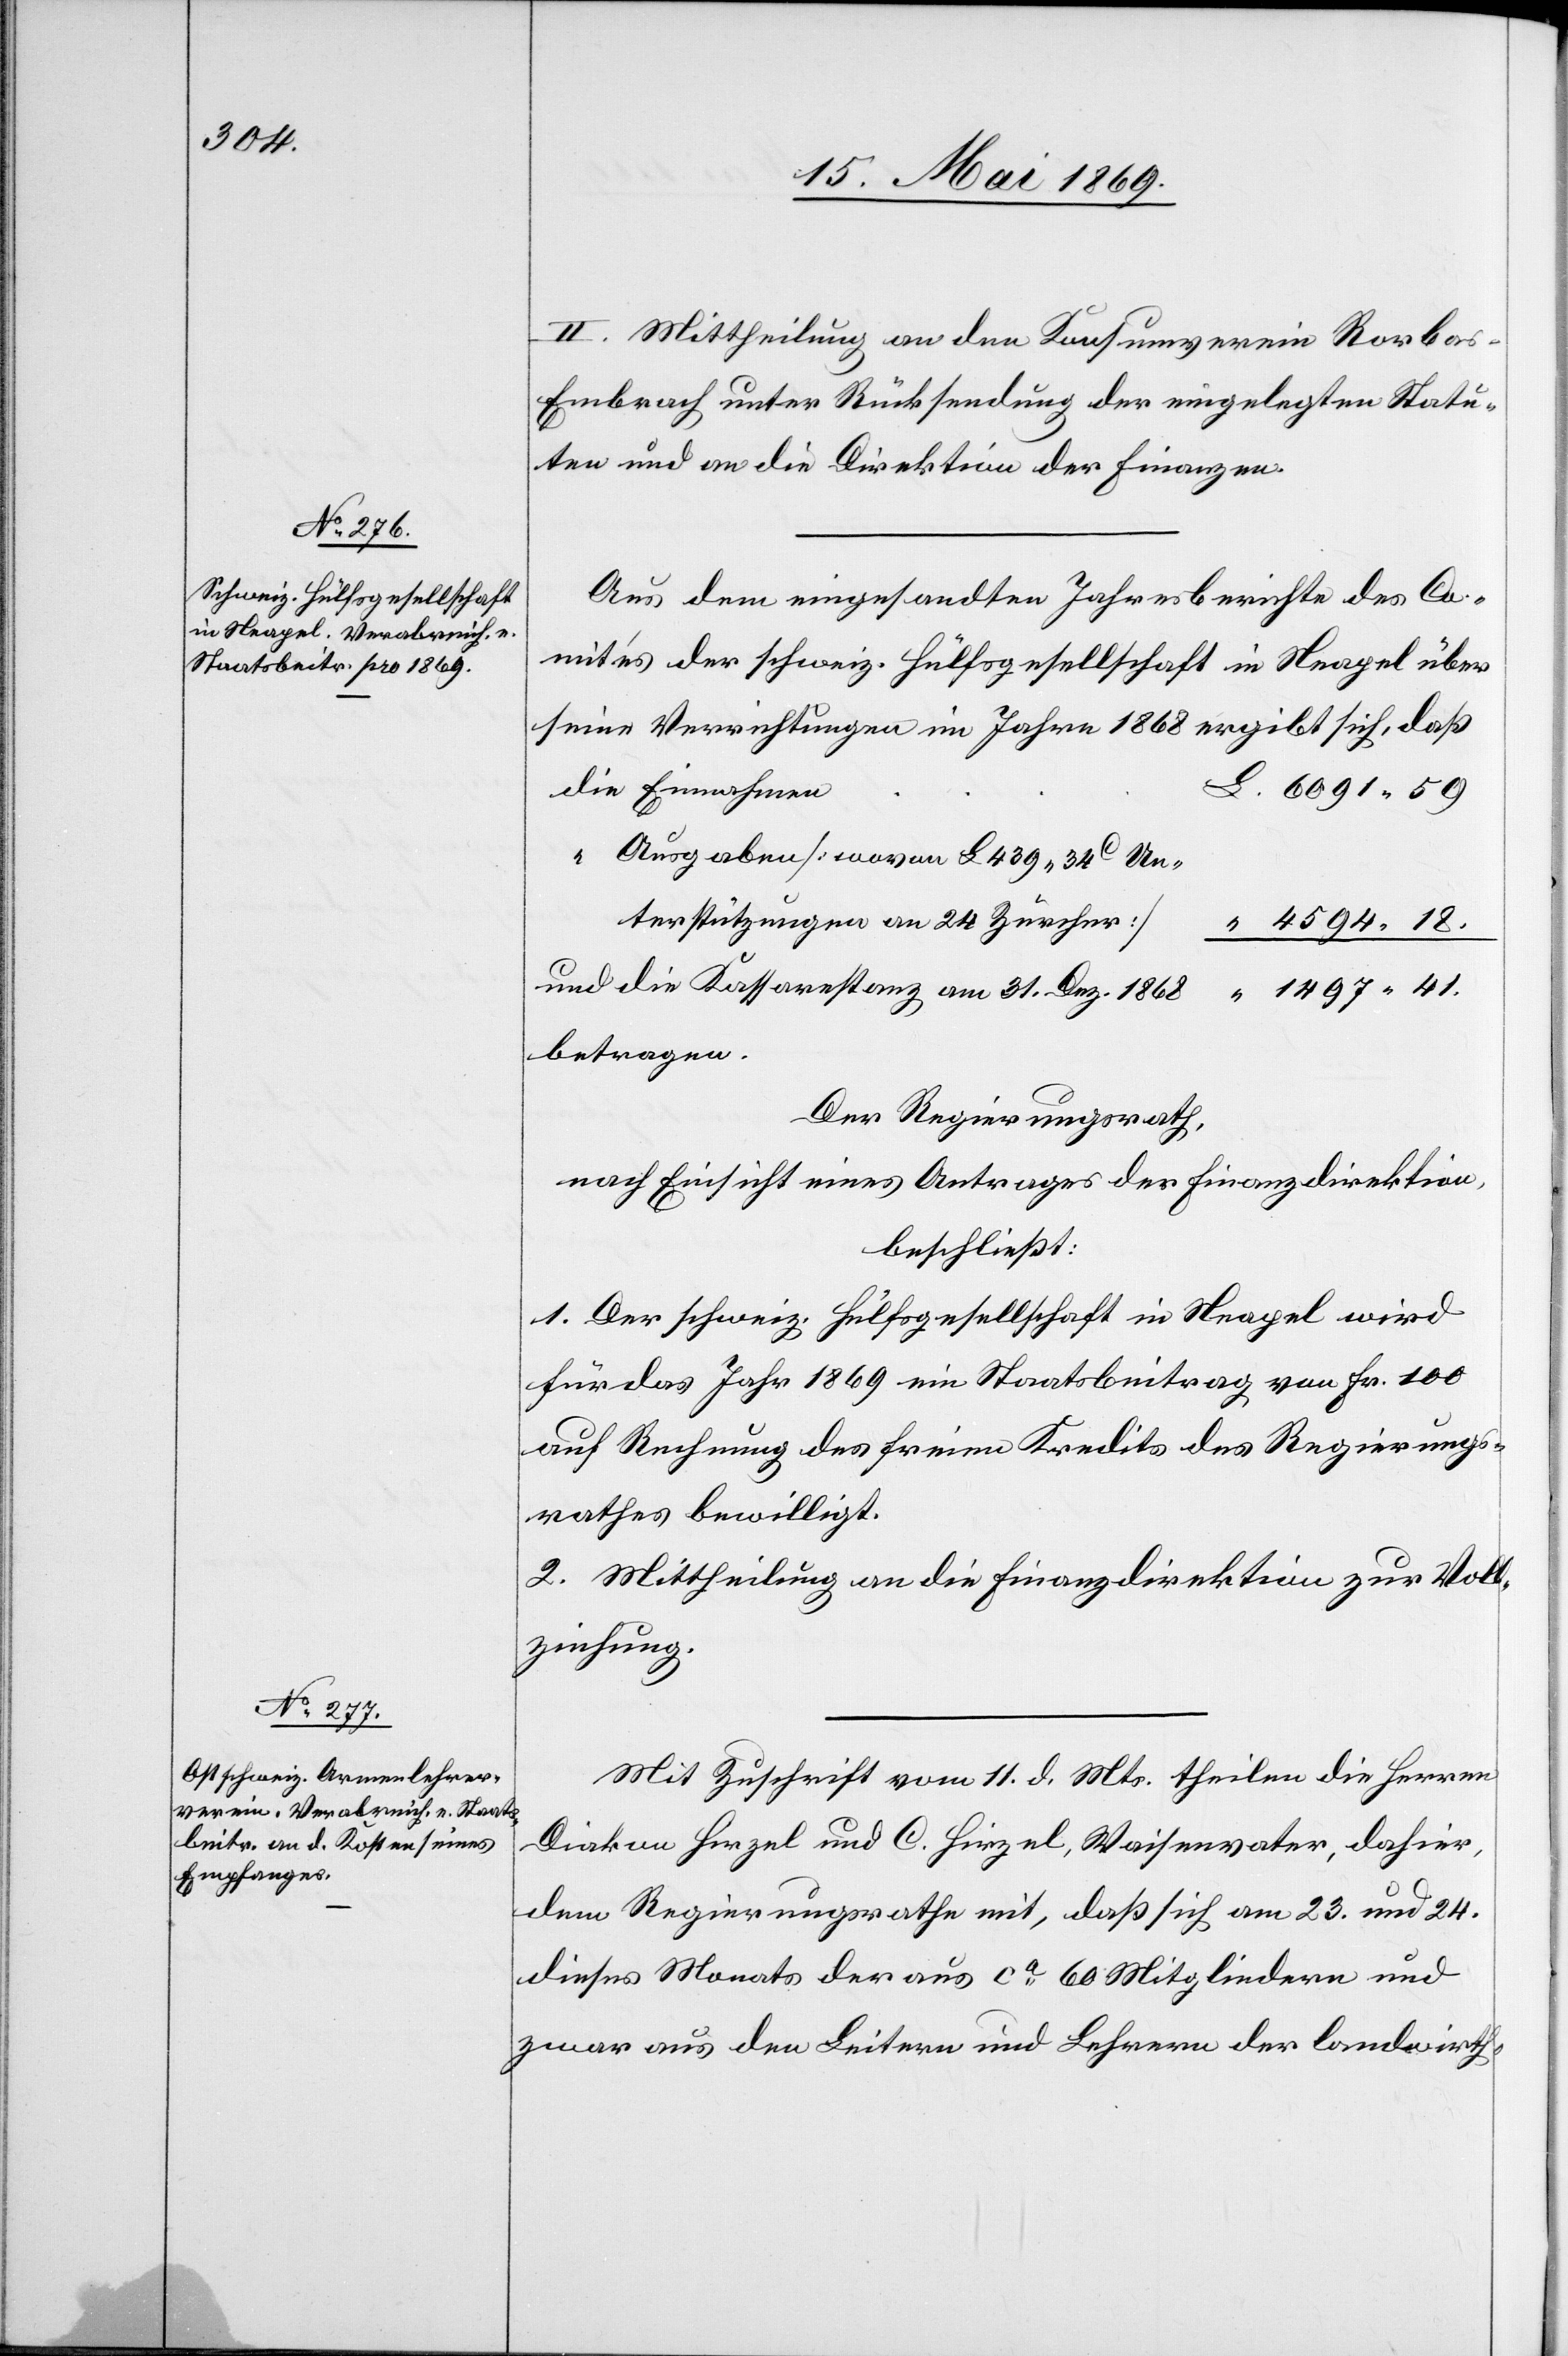
II. Mittheilung an den Konsumverein Rorba¬
s-Embrach unter Rücksendung der eingelegten Statu¬
ten und an die Direktion der Finanzen.
Aus dem eingesandten Jahresberichte des Co¬
mités der schweiz. Hülfsgesellschaft in Neapel über
seine Verrichtungen im Jahre 1868 ergibt sich, daß
“	Ausgaben [wovon L 439.34c Un¬
terstützungen an 24 Zürcher]	“
4594.18.
und die Kassarestanz am 31 Dez.
1497.41.
betragen.
Der Regierungsrath,
nach Einsicht eines Antrages der Finanzdirektion,
beschließt:
1. Der schweiz. Hülfsgesellschaft in Neapel wird
für das Jahr 1869 ein Staatsbeitrag von Fr. 100
auf Rechnung des freien Kredits des Regierungs¬
rathes bewilligt.
2. Mittheilung an die Finanzdirektion zur Voll¬
ziehung.
Mit Zuschrift vom 11 d. Mts. theilen die Herren
Diakon Hirzel und C. Hirzel, Waisenvater, dahier,
dem Regierungsrathe mit, daß sich am 23 und 24.
dieses Monats der aus ca 60 Mitgliedern und
zwar aus den Leitern und Lehrern der landwirth-